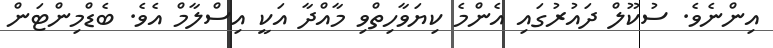
އިންނެވެ. ސުކޫލް ދައުރުގައި އެންމެ ކިޔަވާހިތްވި މާއްދާ އަކީ އިސްލާމް އެވެ. ބެޑްމިންޓަން